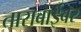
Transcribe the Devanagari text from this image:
ताराबाईवर